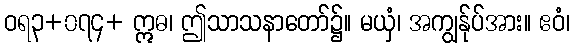
ဝရ၃+၀၇၄+ ဣဓ၊ ဤသာသနာတော်၌။ မယှံ၊ အကျွန်ုပ်အား။ ဧဝံ၊